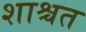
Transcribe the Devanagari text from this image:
शाश्चत